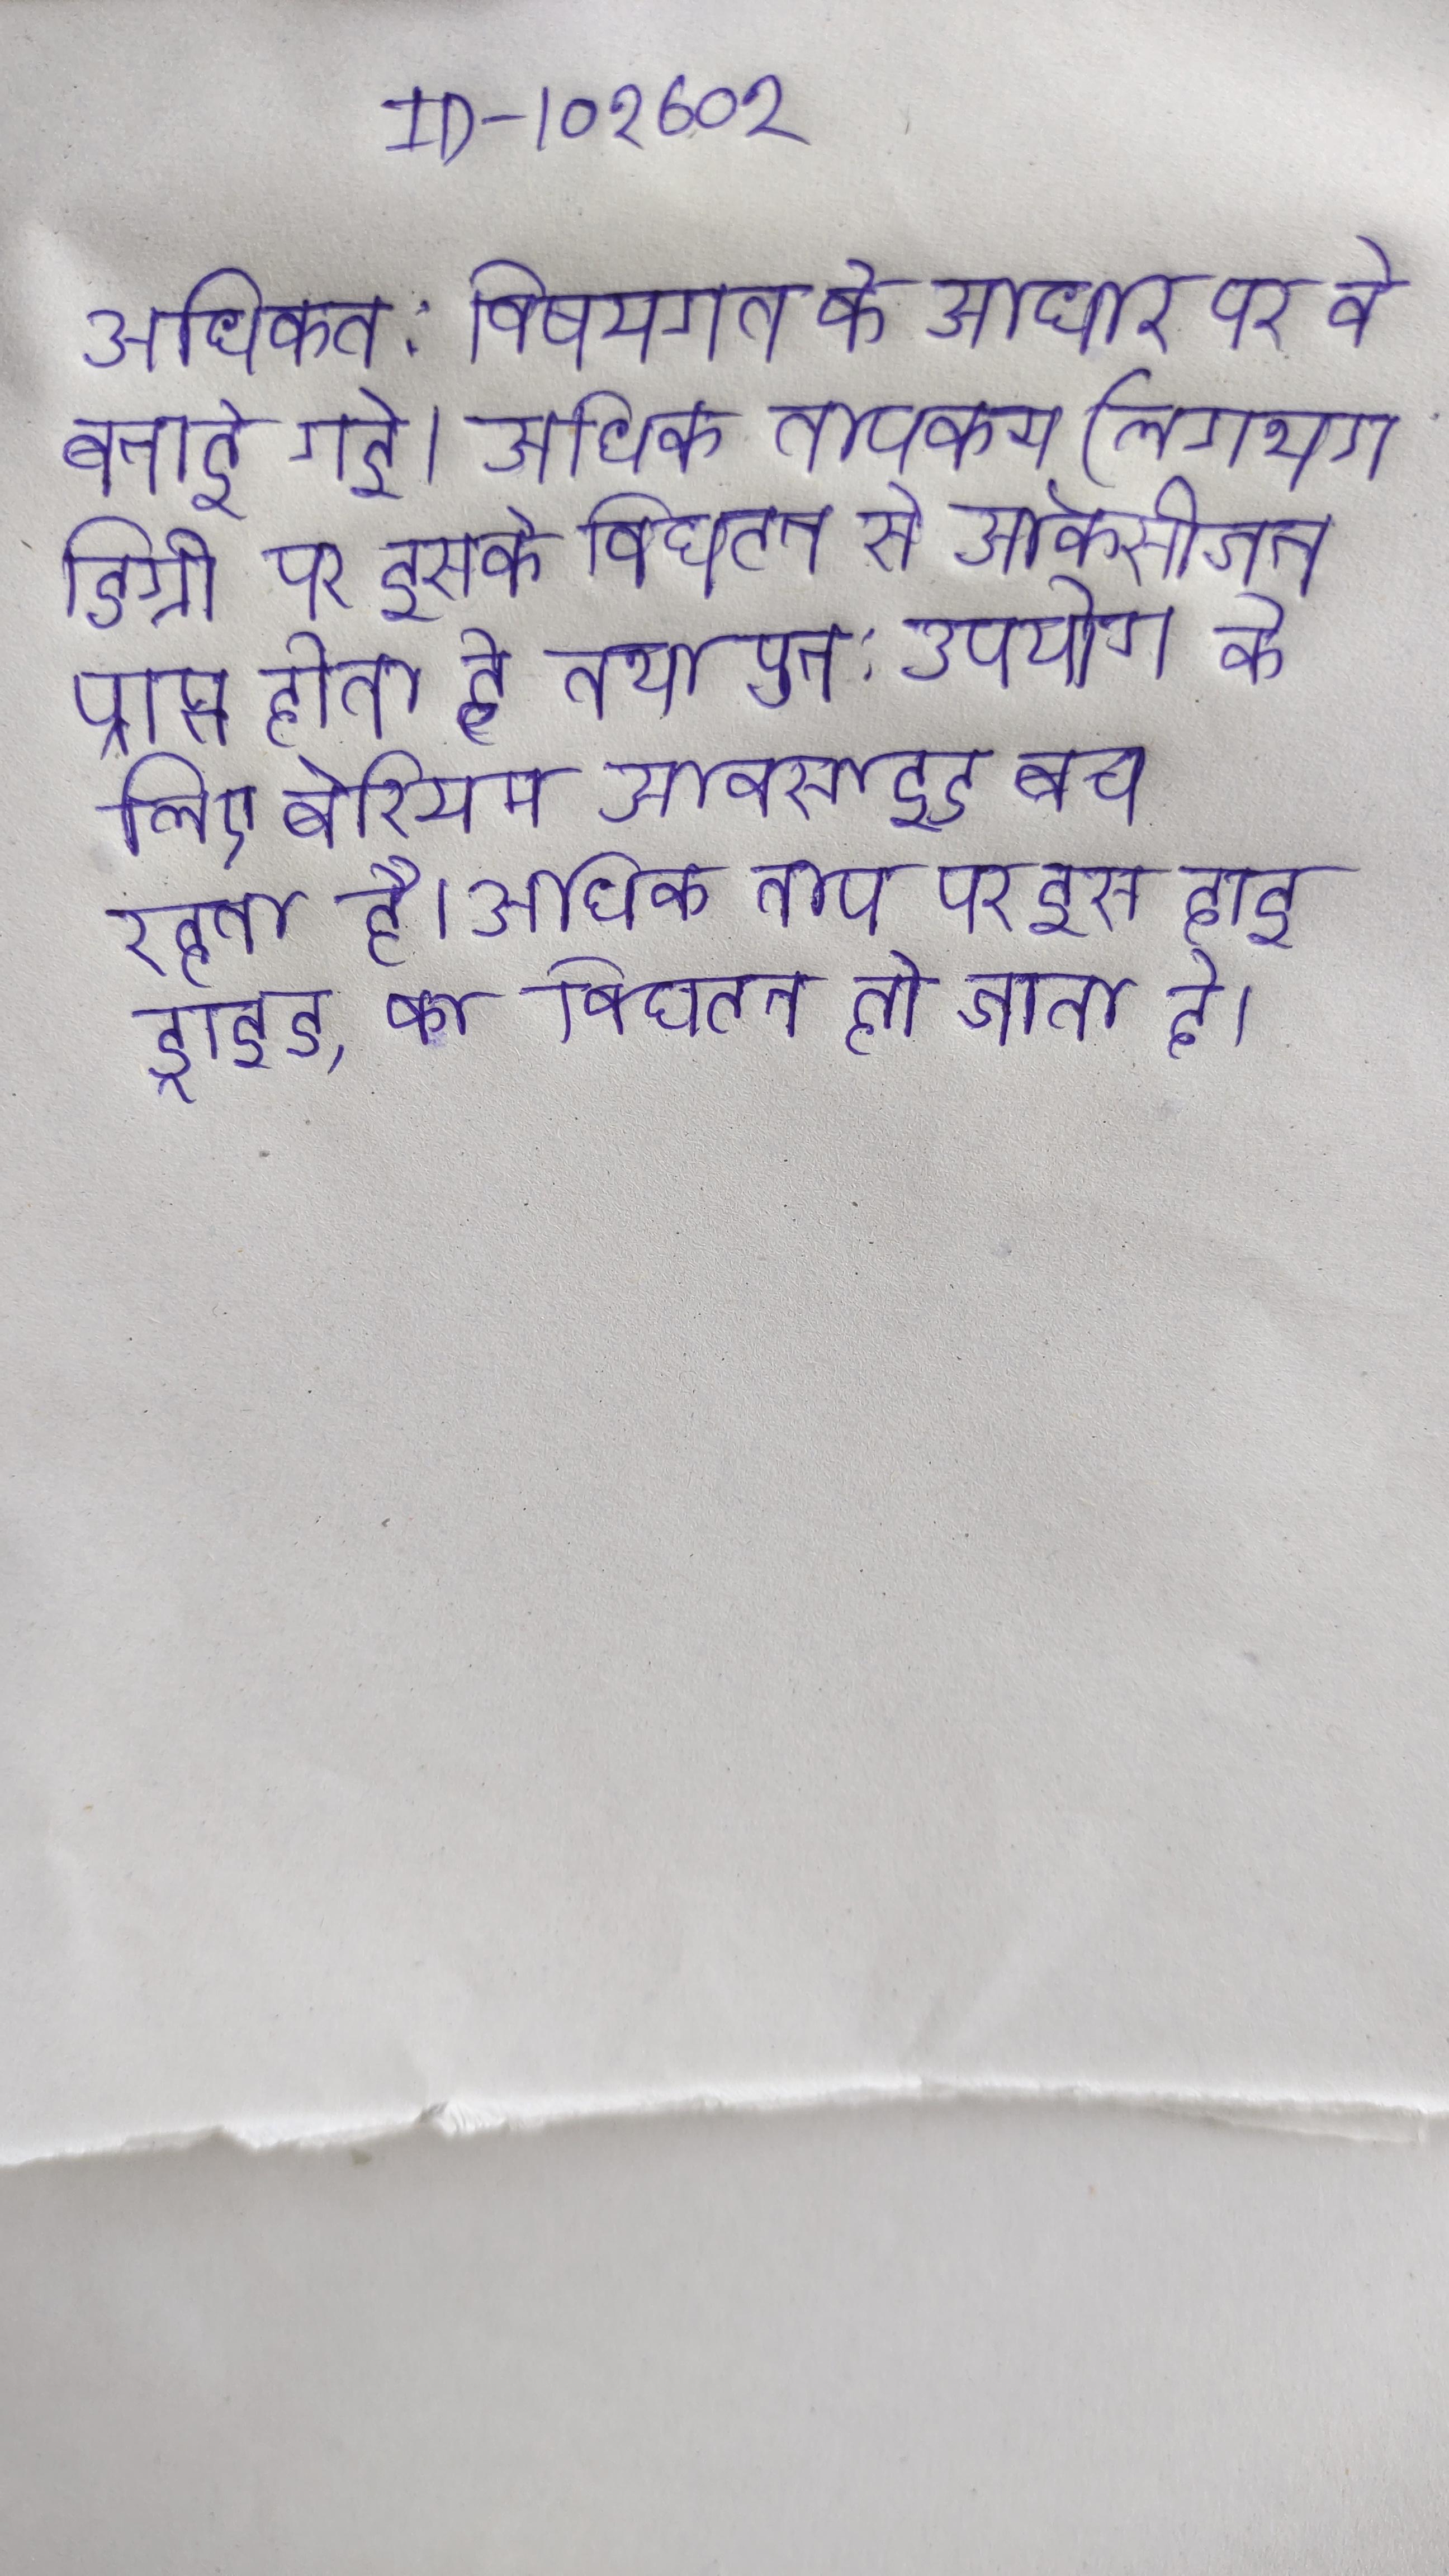
अधिकत: विषयगत के आधार पर वे बनाई गई । अधिक तापक्रम (लगभग डिग्री पर इसके विघटन से ऑक्सीजन प्राप्त होता है तथा पुन: उपयोग के लिए बेरियम आक्साइड बच रहता है । अधिक ताप पर इस हाइड्राइड, का विघटन हो जाता है ।